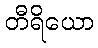
တီရိယော